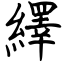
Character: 繹